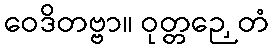
ဝေဒိတဗ္ဗာ။ ဝုတ္တဉှေတံ